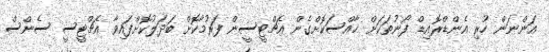
އަންނަން ހުރި އެންޑްރޮއިޑް ފޯނުތަކަށް ޚާއްސަކޮށްގެން އެޗްޓީސީން ފަރުމާކޮށް ބަދަލުކޮށްފައިވާ އެޗްޓީސީ ސެންސް